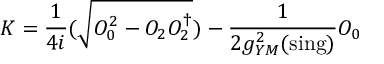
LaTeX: K = \frac { 1 } { 4 i } ( \sqrt { { \cal O } _ { 0 } ^ { 2 } - { \cal O } _ { 2 } { \cal O } _ { 2 } ^ { \dagger } } ) - \frac { 1 } { 2 g _ { Y M } ^ { 2 } ( \mathrm { s i n g } ) } { \cal O } _ { 0 }